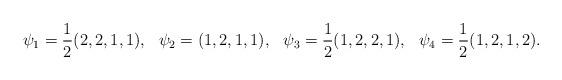
LaTeX: \begin{align*}\psi_1 &= \frac{1}{2}(2,2,1,1),&\psi_2 &= (1,2,1,1),&\psi_3 &= \frac{1}{2}(1,2,2,1),&\psi_4 &= \frac{1}{2}(1,2,1,2).\end{align*}